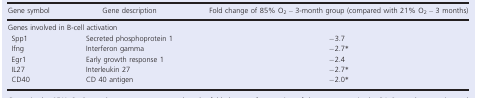
<table><thead><tr><td><b>Gene symbol</b></td><td><b>Gene description</b></td><td><b>Fold change of 85% O<sub>2</sub> – 3‐month group (compared with 21% O<sub>2</sub> – 3 months)</b></td></tr></thead><tbody><tr><td colspan="3">Genes involved in B‐cell activation</td></tr><tr><td>Spp1</td><td>Secreted phosphoprotein 1</td><td>−3.7</td></tr><tr><td>Ifng</td><td>Interferon gamma</td><td>−2.7*</td></tr><tr><td>Egr1</td><td>Early growth response 1</td><td>−2.4</td></tr><tr><td>IL27</td><td>Interleukin 27</td><td>−2.7*</td></tr><tr><td>CD40</td><td>CD 40 antigen</td><td>−2.0*</td></tr></tbody></table>